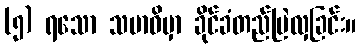
(၅) ရသော သမာဓိမှာ ခိုင်ခံတည်မြဲလှခြင်း။